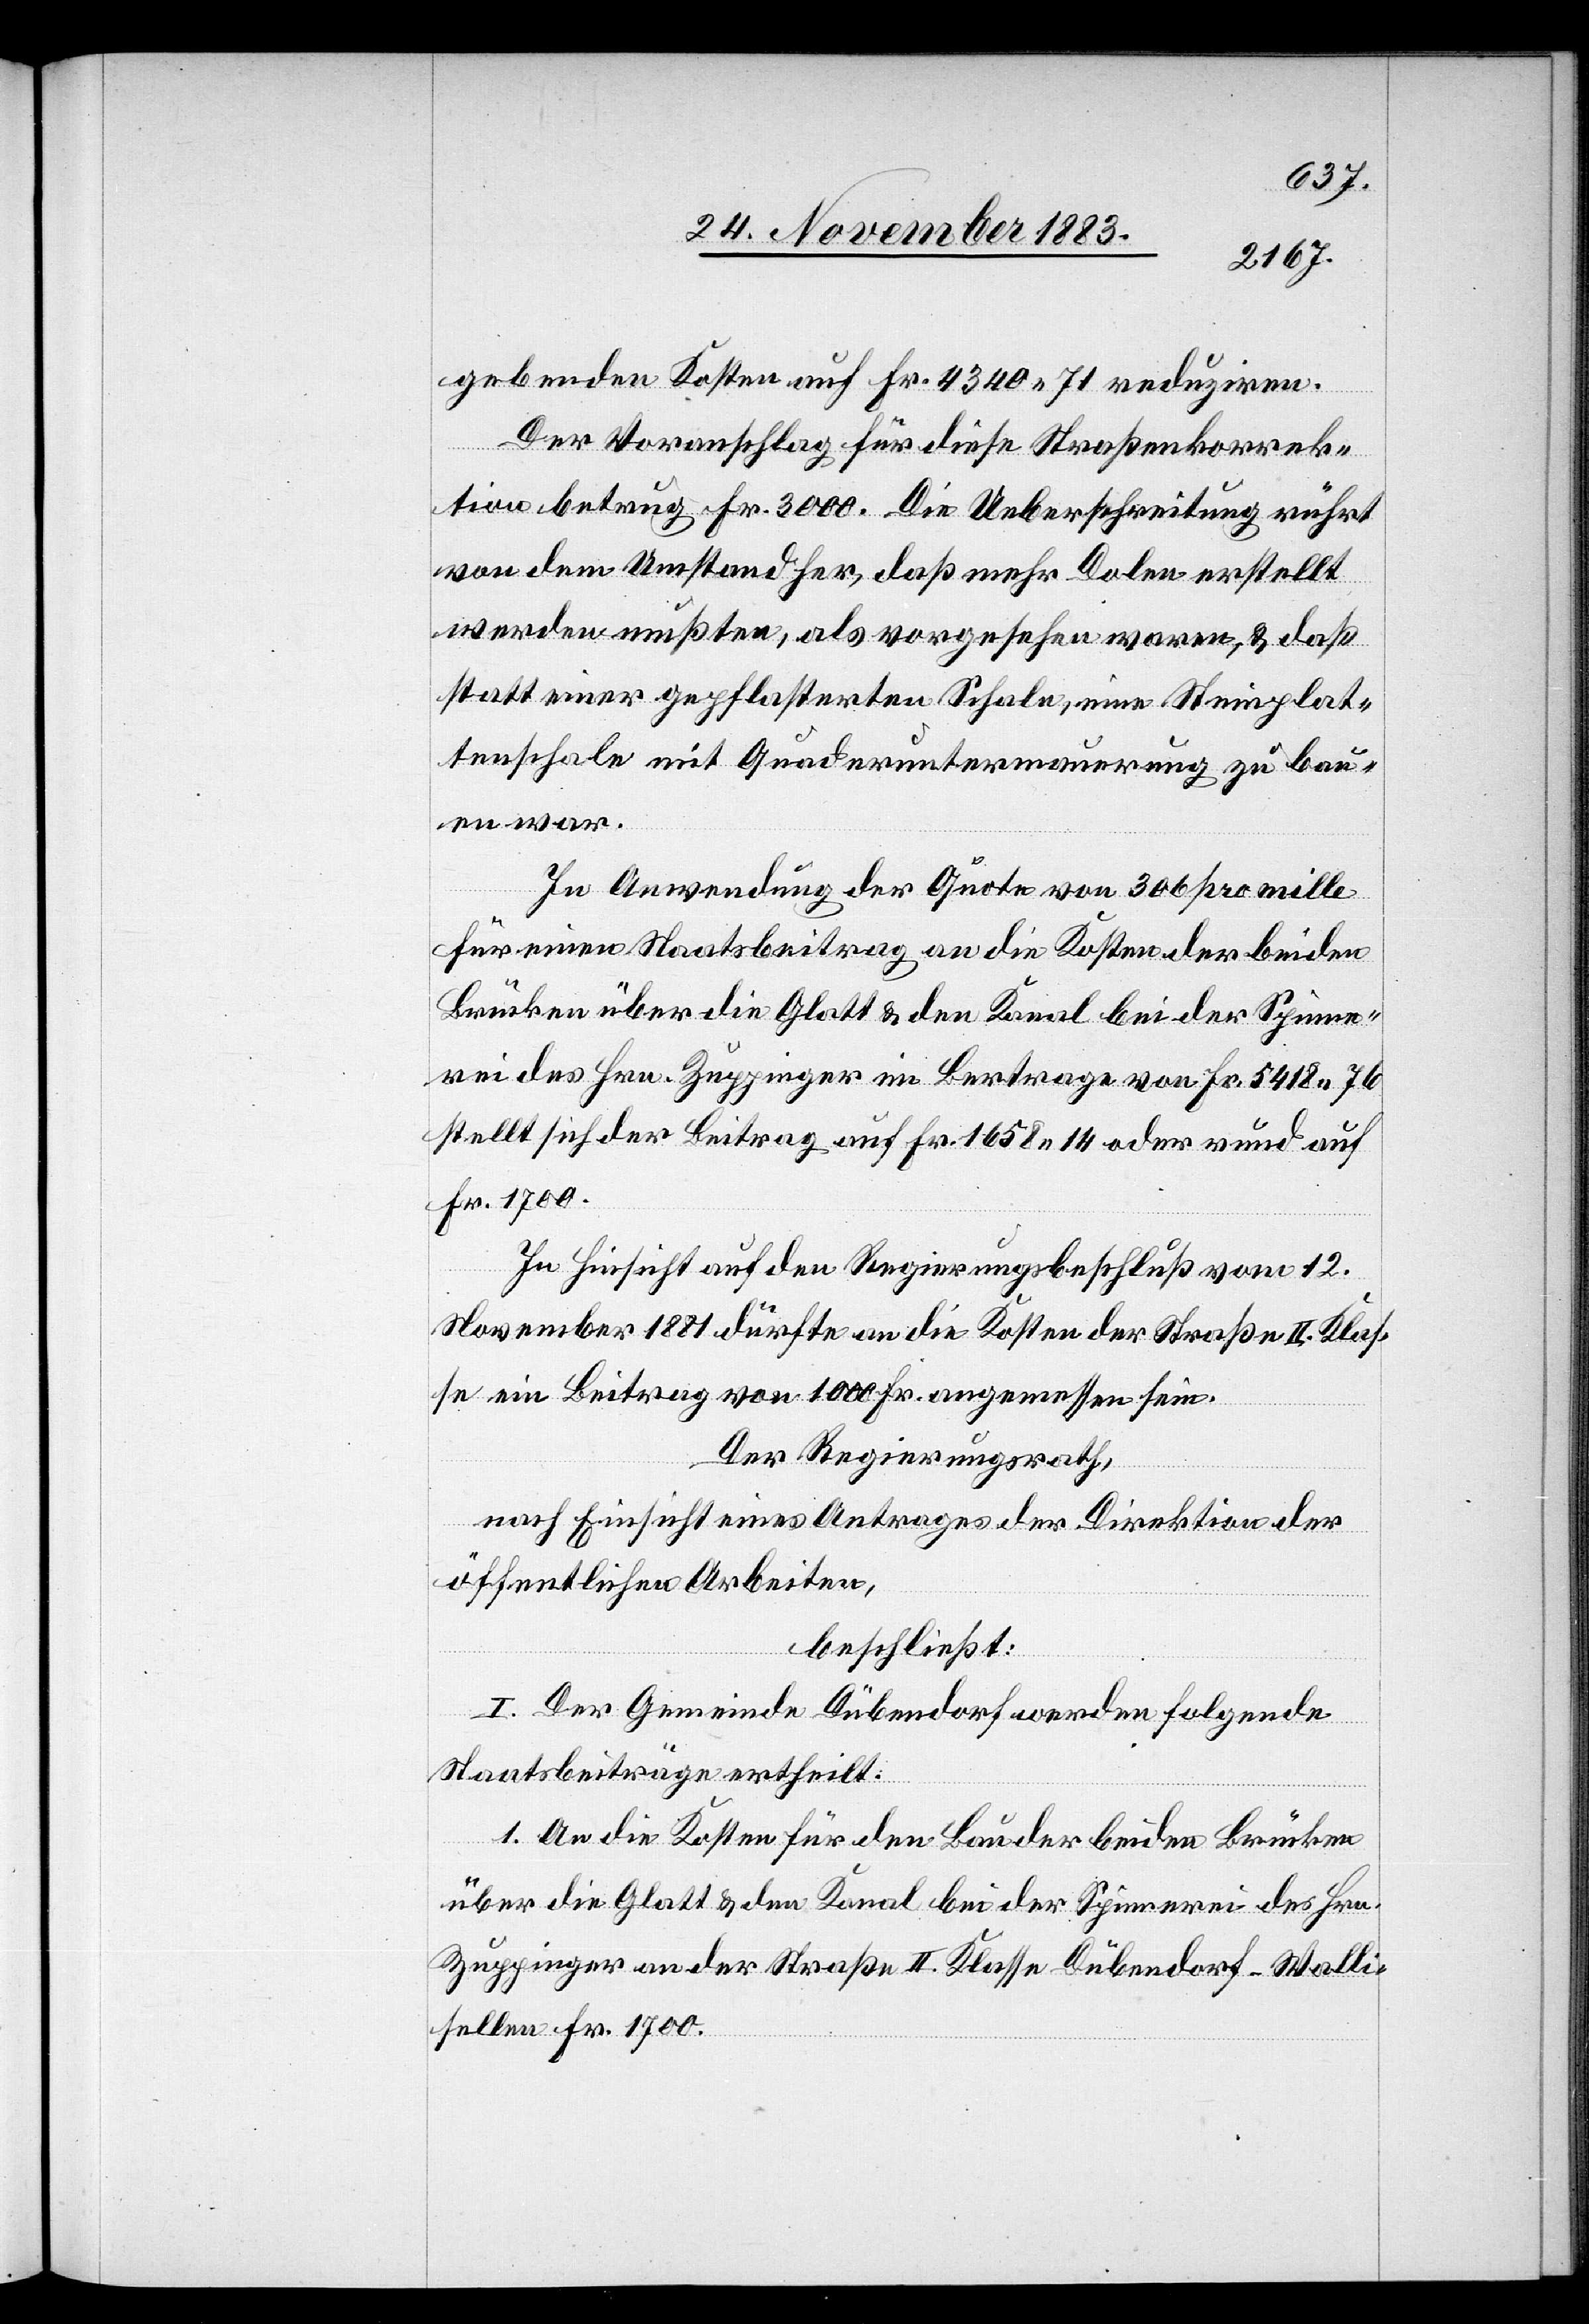
gebenden Kosten auf Fr. 4340 71 reduziren.
Der Voranschlag für diese Straßenkorrek¬
tion betrug Fr. 3000. Die Ueberschreitung rührt
von dem Umstand her, daß mehr Dolen erstellt
werden mußten, als vorgesehen waren, & daß
statt einer gepflasterten Schale, eine Steinplat¬
tenschale mit Quaderuntermauerung zu bau¬
en war.
In Anwendung der Quote von 306 pro mille
für einen Staatsbeitrag an die Kosten der beiden
Brücken über die Glatt & den Kanal bei der Spinne¬
rei des Hrn. Zuppinger im Betrage von Fr. 5418 76
stellt sich der Beitrag auf Fr. 1658 14 oder rund auf
Fr. 1700.
In Hinsicht auf den Regierungsbeschluß vom 12.
November 1881 dürfte an die Kosten der Straße II. Klas¬
se ein Beitrag von 1000 Fr. angemessen sein.
Der Regierungsrath,
nach Einsicht eines Antrages der Direktion der
öffentlichen Arbeiten,
beschließt:
I. Der Gemeinde Dübendorf werden folgende
Staatsbeiträge ertheilt:
1. An die Kosten für den Bau der beiden Brücken
über die Glatt & den Kanal bei der Spinnerei des Hrn.
Zuppinger an der Straße II. Klasse Dübendorf–Walli¬
sellen Fr. 1700.